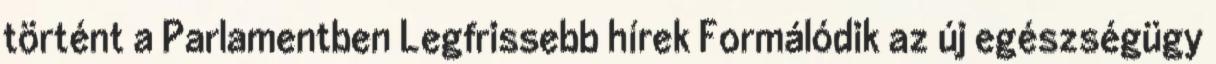
történt a Parlamentben Legfrissebb hírek Formálódik az új egészségügy